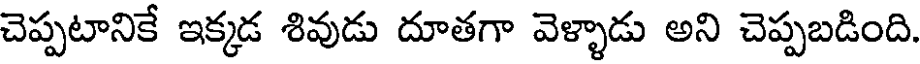
చెప్పటానికే ఇక్కడ శివుడు దూతగా వెళ్ళాడు అని చెప్పబడింది.